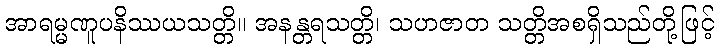
အာရမ္မဏူပနိဿယသတ္တိ။ အနန္တရသတ္တိ၊ သဟဇာတ သတ္တိအစရှိသည်တို့ဖြင့်